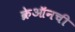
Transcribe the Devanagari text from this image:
क्रेऑनची